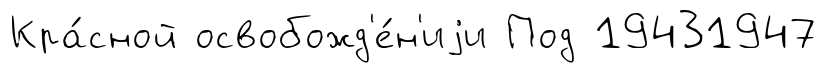
Кра́сной освобожд'е́н'иjи Под 19431947